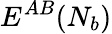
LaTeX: E^{AB}(N_{b})